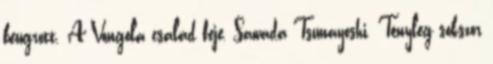
beugrott. A Vongola család feje, Sawada Tsunayoshi. Tényleg sokszor